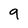
Character: 9